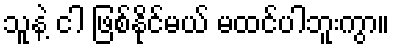
သူနဲ့ ငါ ဖြစ်နိုင်မယ် မထင်ပါဘူးကွာ။